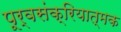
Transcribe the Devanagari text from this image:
पूर्वसंक्रियात्मक